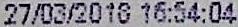
27/03/2018 16:54:04